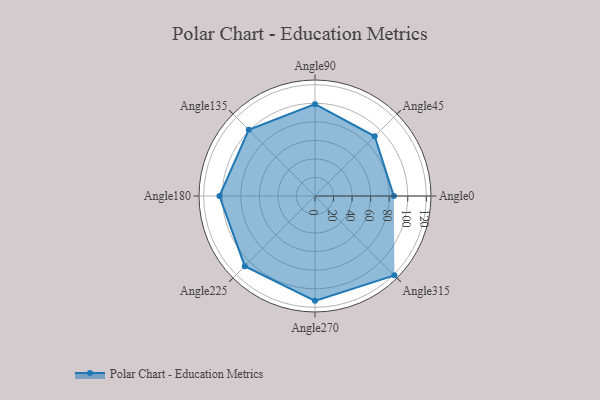
{"axis": {"x": "Angle", "y": "Radius"}, "legend": [""], "data": [{"x": "Angle0", "y": 85.0, "type": ""}, {"x": "Angle45", "y": 91.0, "type": ""}, {"x": "Angle90", "y": 99.0, "type": ""}, {"x": "Angle135", "y": 101.0, "type": ""}, {"x": "Angle180", "y": 103.0, "type": ""}, {"x": "Angle225", "y": 107.0, "type": ""}, {"x": "Angle270", "y": 113.0, "type": ""}, {"x": "Angle315", "y": 121.0, "type": ""}]}